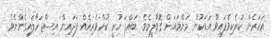
އަހަރެން ކުރެކިވެފައިވާ އަޑަކުން މަންމައަށް ގޮވާލީމެވެ. ބައްޕަ ހުރީ ކުށްވެރިއެއް ފަދައިން އިސްޖަހާލައިގެންނެވެ.